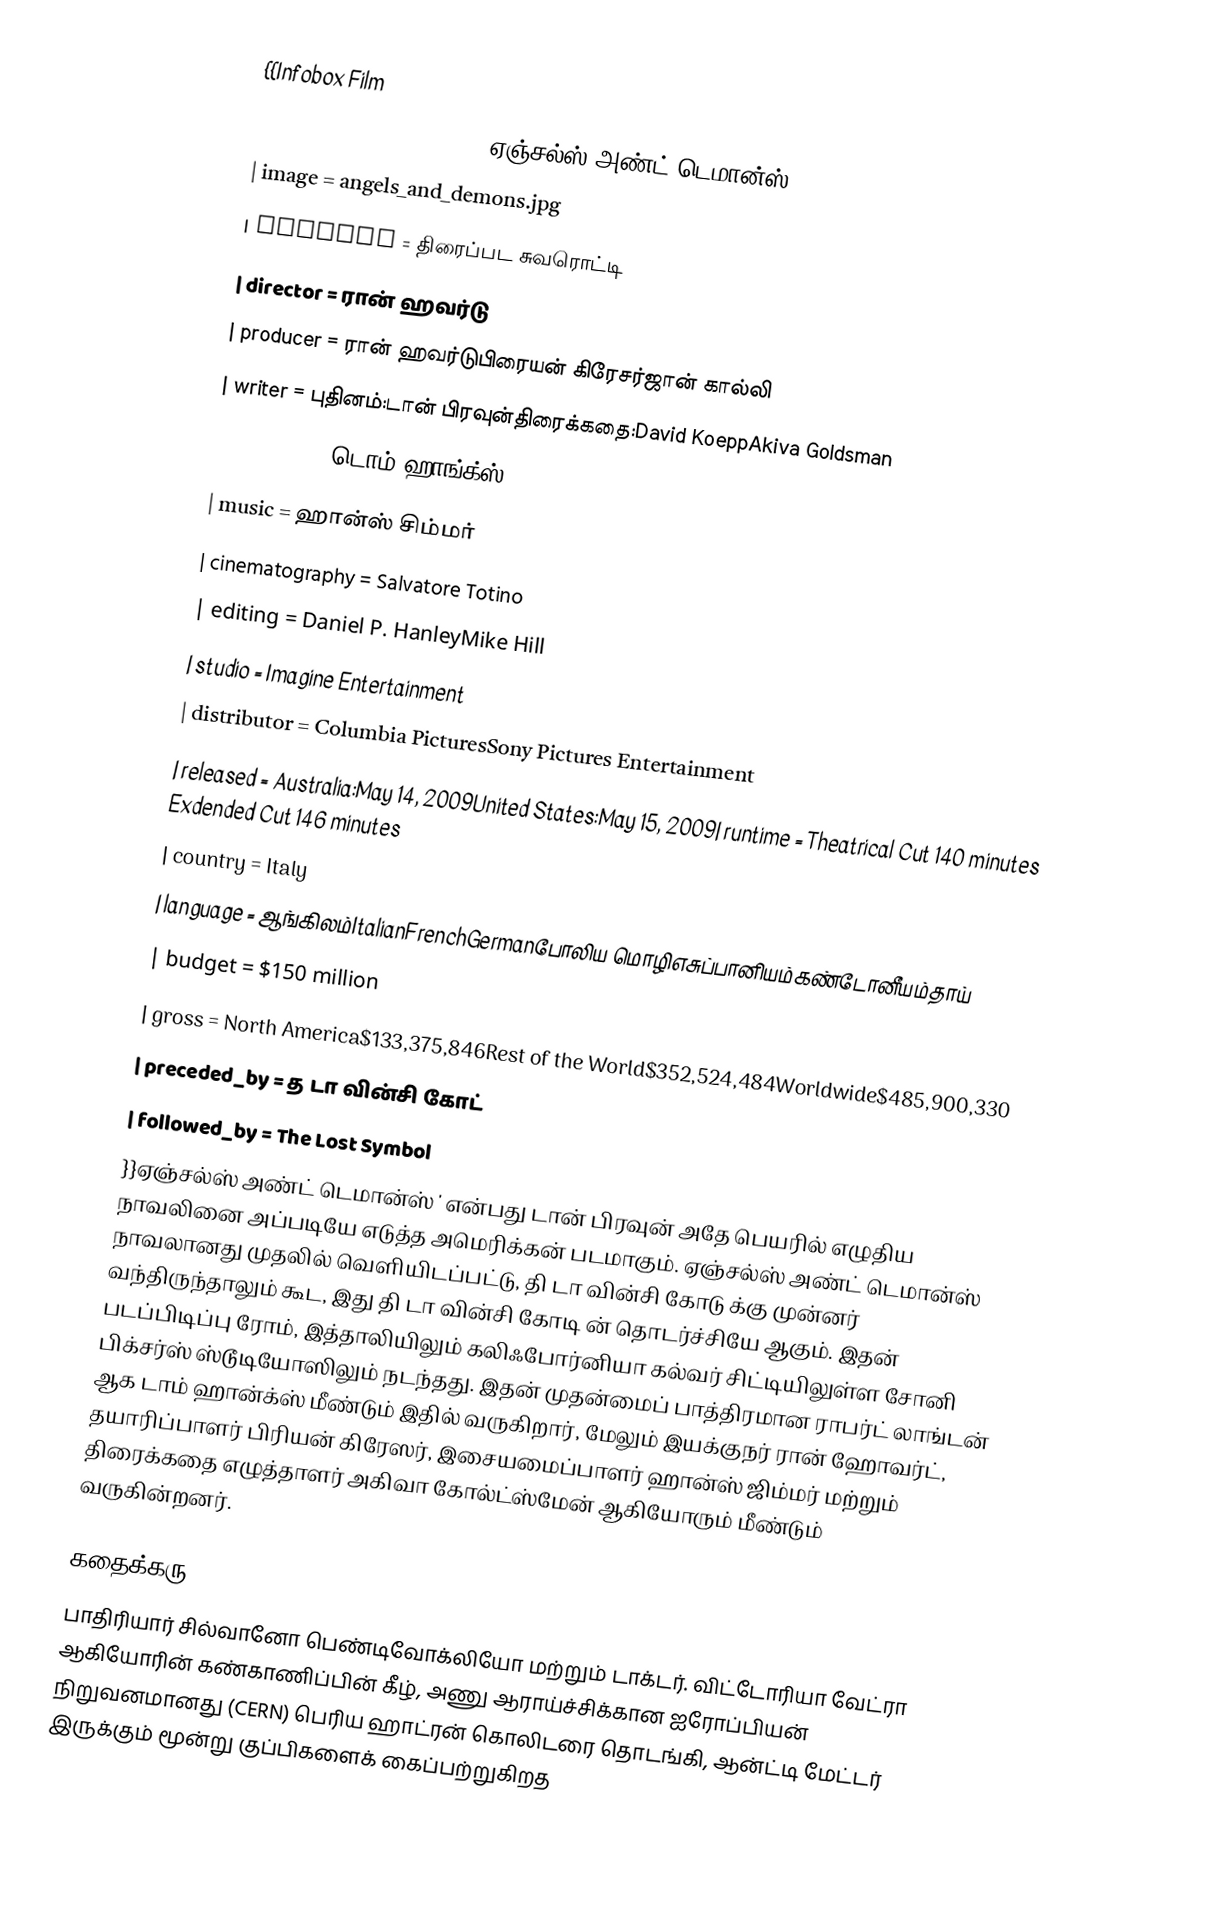
{{Infobox Film
| name           = Angels and Demonsஏஞ்சல்ஸ் அண்ட் டெமான்ஸ்
| image          = angels_and_demons.jpg
| caption        = திரைப்பட சுவரொட்டி
| director       = ரான் ஹவர்டு
| producer       = ரான் ஹவர்டுபிரையன் கிரேசர்ஜான் கால்லி
| writer         = புதினம்:டான் பிரவுன்திரைக்கதை:David KoeppAkiva Goldsman
| starring       = டொம் ஹாங்க்ஸ்Ewan McGregorAyelet ZurerStellan SkarsgårdPierfrancesco FavinoNikolaj Lie Kaasand Armin Mueller-Stahl
| music          = ஹான்ஸ் சிம்மர்
| cinematography = Salvatore Totino
| editing        = Daniel P. HanleyMike Hill
| studio         = Imagine Entertainment
| distributor    = Columbia PicturesSony Pictures Entertainment
| released       = Australia:May 14, 2009United States:May 15, 2009| runtime        = Theatrical Cut 140 minutes Exdended Cut 146 minutes
| country        = Italy
| language       = ஆங்கிலம்ItalianFrenchGermanபோலிய மொழிஎசுப்பானியம்கண்டோனீயம்தாய்
| budget         = $150 million
| gross          = North America$133,375,846Rest of the World$352,524,484Worldwide$485,900,330
| preceded_by    = த டா வின்சி கோட்
| followed_by    = The Lost Symbol
}}ஏஞ்சல்ஸ் அண்ட் டெமான்ஸ்  ' என்பது டான் பிரவுன் அதே பெயரில் எழுதிய நாவலினை அப்படியே எடுத்த அமெரிக்கன் படமாகும். ஏஞ்சல்ஸ் அண்ட் டெமான்ஸ் நாவலானது முதலில் வெளியிடப்பட்டு, தி டா வின்சி கோடு க்கு முன்னர் வந்திருந்தாலும் கூட, இது தி டா வின்சி கோடி ன் தொடர்ச்சியே ஆகும். இதன் படப்பிடிப்பு ரோம், இத்தாலியிலும் கலிஃபோர்னியா கல்வர் சிட்டியிலுள்ள சோனி பிக்சர்ஸ் ஸ்டூடியோஸிலும் நடந்தது. இதன் முதன்மைப் பாத்திரமான ராபர்ட் லாங்டன் ஆக டாம் ஹான்க்ஸ் மீண்டும் இதில் வருகிறார், மேலும் இயக்குநர் ரான் ஹோவர்ட், தயாரிப்பாளர் பிரியன் கிரேஸர், இசையமைப்பாளர் ஹான்ஸ் ஜிம்மர் மற்றும் திரைக்கதை எழுத்தாளர் அகிவா கோல்ட்ஸ்மேன் ஆகியோரும் மீண்டும் வருகின்றனர்.

 கதைக்கரு
பாதிரியார் சில்வானோ பெண்டிவோக்லியோ மற்றும் டாக்டர். விட்டோரியா வேட்ரா ஆகியோரின் கண்காணிப்பின் கீழ், அணு ஆராய்ச்சிக்கான ஐரோப்பியன் நிறுவனமானது (CERN) பெரிய ஹாட்ரன் கொலிடரை தொடங்கி, ஆன்ட்டி மேட்டர் இருக்கும் மூன்று குப்பிகளைக் கைப்பற்றுகிறத